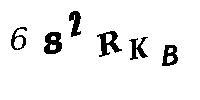
682RKB